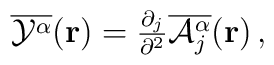
\overline{{\cal Y}^{\alpha}}({\bf r})={\textstyle \frac{\partial_{j}}{\partial^{2}}\overline{{\cal A}_{j}^{\alpha}}({\bf r})}\,,